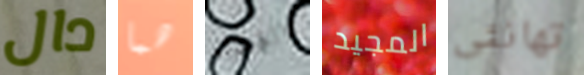
دال هما الغشاء المجيد تهانئى